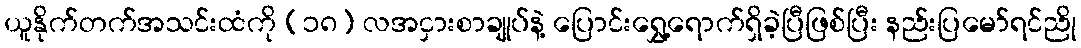
ယူနိုက်တက်အသင်းထံကို (၁၈) လအငှားစာချုပ်နဲ့ ပြောင်းရွှေ့ရောက်ရှိခဲ့ပြီဖြစ်ပြီး နည်းပြမော်ရင်ညို